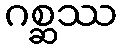
ဂစ္ဆဿ